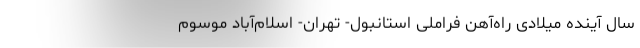
سال آینده میلادی راه‌آهن فراملی استانبول- تهران- اسلام‌آباد موسوم